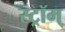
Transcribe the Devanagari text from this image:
स्ट्रॉम्‌